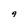
Character: 9